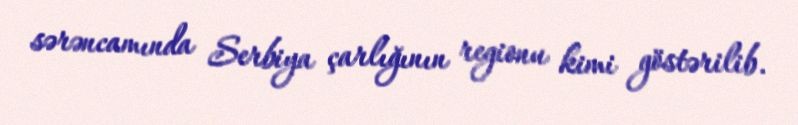
sərəncamında Serbiya çarlığının regionu kimi göstərilib.